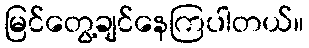
မြင်တွေ့ချင်နေကြပါတယ်။